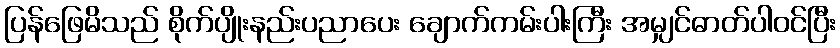
ပြန်ဖြေမိသည် စိုက်ပျိုးနည်းပညာပေး ချောက်ကမ်းပါးကြီး အမျှင်ဓာတ်ပါဝင်ပြီး